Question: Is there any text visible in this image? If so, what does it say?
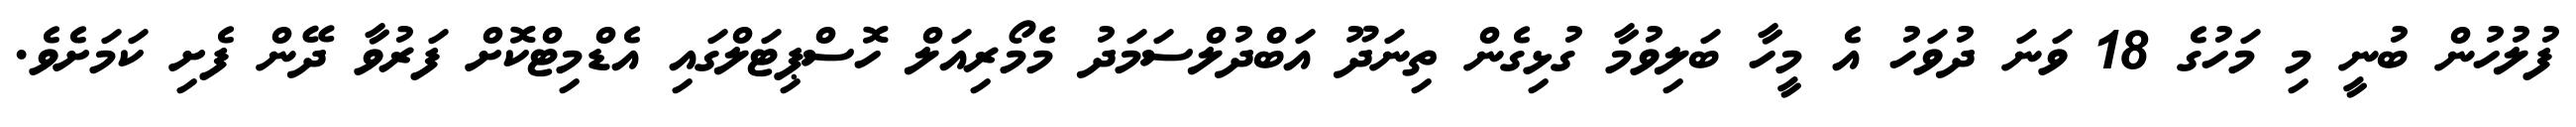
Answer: ފުލުހުން ބުނީ މި މަހުގެ 18 ވަނަ ދުވަހު އެ މީހާ ބަލިވުމާ ގުޅިގެން ތިނަދޫ އަބްދުލްސަމަދު މެމޯރިއަލް ހޮސްޕިޓަލްގައި އެޑްމިޓްކޮށް ފަރުވާ ދޭން ފެށި ކަމަށެވެ.